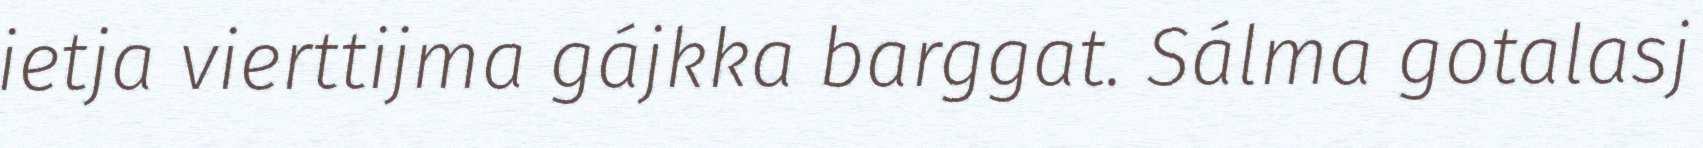
ietja vierttijma gájkka barggat. Sálma gotalasj